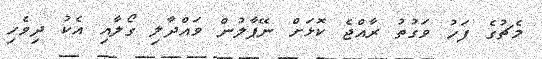
މެޗުގެ ފަހު ވަގުތު ރާއްޖެ ކޮޅަށް ނޭޕާލުން ވައްދާލި ގޯލާއި އެކު ދިވެހި